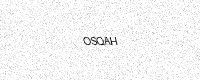
Text: OSQAH